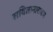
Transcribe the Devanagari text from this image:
सवितानारायण